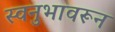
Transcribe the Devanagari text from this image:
स्वनुभावरून